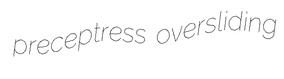
preceptress oversliding